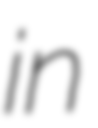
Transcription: in